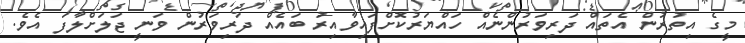
މީގެ އިތުރުން އެތައް ދަރިވަރުންނެއް ހައްޔަރުކޮށްފައިވާއިރު ބައެއް ދަރިވަރުން ވަނީ ޖަލަށްލާފަ އެވެ.